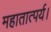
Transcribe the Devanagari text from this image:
महातात्पर्य।